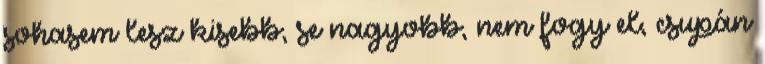
sohasem lesz kisebb, se nagyobb, nem fogy el, csupán